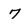
Character: 7